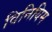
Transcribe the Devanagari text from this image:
विनियिम